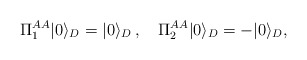
\begin{align*}\Pi_1^{AA}| 0 \rangle_D= |0 \rangle_D\,,\quad\Pi_2^{AA}|0\rangle_D = -|0\rangle_D, \quad \end{align*}